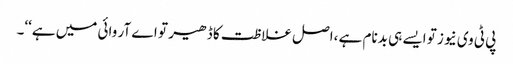
پی ٹی وی نیوز تو ایسے ہی بدنام ہے ،اصل غلاظت کا ڈھیر تو اے آر وائی میں ہے‘‘۔